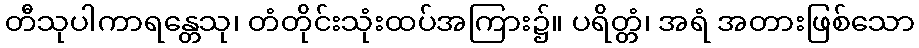
တီသုပါကာရန္တေသု၊ တံတိုင်းသုံးထပ်အကြား၌။ ပရိတ္တံ၊ အရံ အတားဖြစ်သော